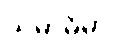
သမာဓိမှာ